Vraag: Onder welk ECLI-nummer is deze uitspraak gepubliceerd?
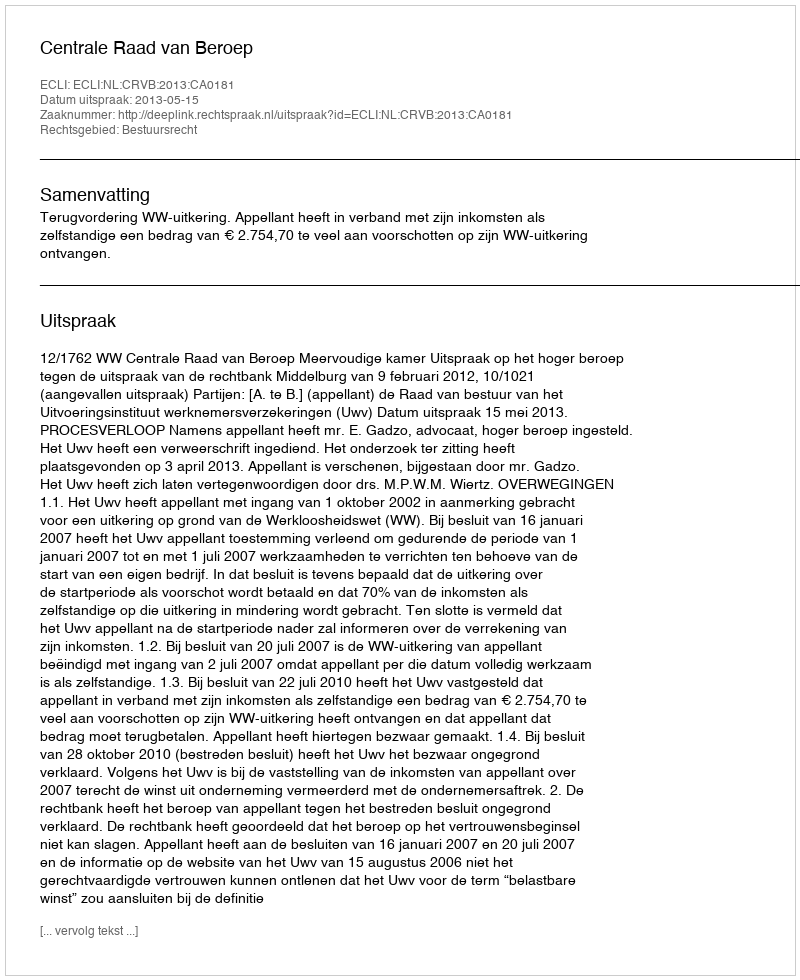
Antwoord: ECLI:NL:CRVB:2013:CA0181